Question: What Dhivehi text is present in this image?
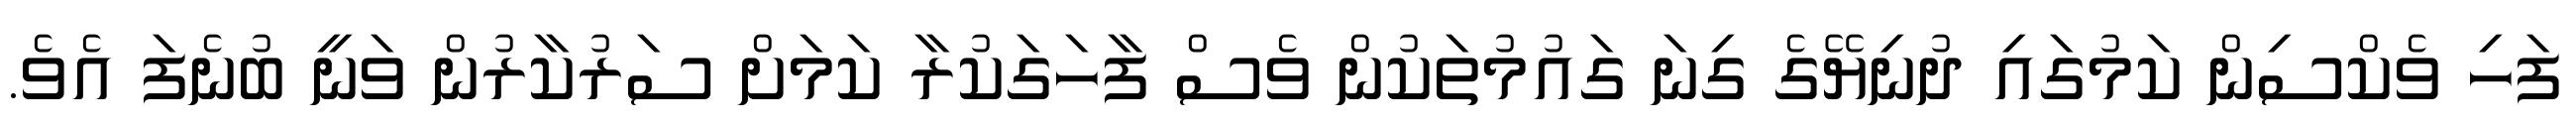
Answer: ފަހި ވެކްސިން ކަމުގައި ދުނިޔޭގެ ގިނަ ގައުމުތަކުން ވެސް ފާހަގަކުރާ ކަމަށް ސަރުކާރުން ވަނީ ބުނެފަ އެވެ.